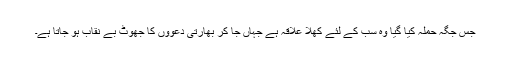
جس جگہ حملہ کیا گیا وہ سب کے لئے کھلا علاقہ ہے جہاں جا کر بھارتی دعووں کا جھوٹ بے نقاب ہو جاتا ہے۔